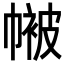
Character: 𭘴